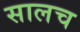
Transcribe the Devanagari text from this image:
सालच